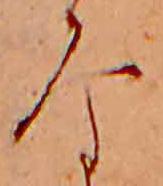
な